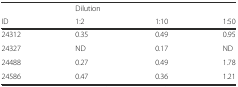
<table><thead><tr><td></td><td><b>Dilution</b></td><td></td><td></td></tr><tr><td><b>ID</b></td><td><b>1:2</b></td><td><b>1:10</b></td><td><b>1:50</b></td></tr></thead><tbody><tr><td>24312</td><td>0.35</td><td>0.49</td><td>0.95</td></tr><tr><td>24327</td><td>ND</td><td>0.17</td><td>ND</td></tr><tr><td>24488</td><td>0.27</td><td>0.49</td><td>1.78</td></tr><tr><td>24586</td><td>0.47</td><td>0.36</td><td>1.21</td></tr></tbody></table>